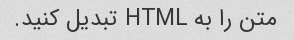
متن را به HTML تبدیل کنید.